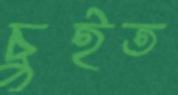
চুইত